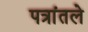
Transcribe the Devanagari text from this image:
पत्रांतले